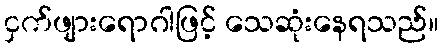
ငှက်ဖျားရောဂါဖြင့် သေဆုံးနေရသည်။